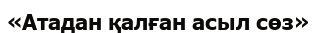
«Атадан қалған асыл сөз»